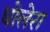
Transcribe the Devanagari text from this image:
धोलेरा